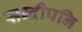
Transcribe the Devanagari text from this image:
सन्दीपनि